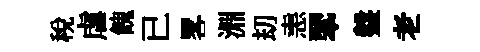
税虐餽已畧淵刧恚翆盤老